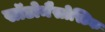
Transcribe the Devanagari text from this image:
सॉडोमैसोस्टिक